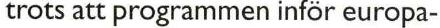
trots att programmen inför europa-